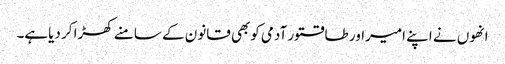
انھوں نے اپنے امیراور طاقتور آدمی کوبھی قانون کے سامنے کھڑا کر دیاہے۔